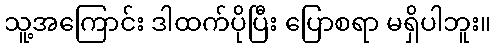
သူ့အကြောင်း ဒါထက်ပိုပြီး ပြောစရာ မရှိပါဘူး။